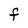
Character: F